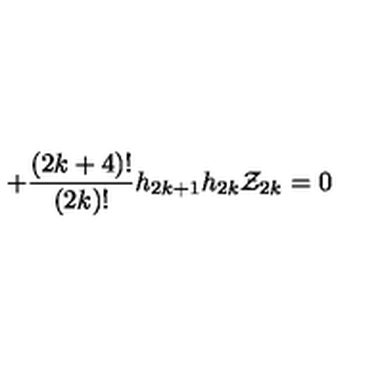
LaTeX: + \frac { ( 2 k + 4 ) ! } { ( 2 k ) ! } h _ { 2 k + 1 } h _ { 2 k } { \cal Z } _ { 2 k } = 0